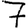
Digit: 7